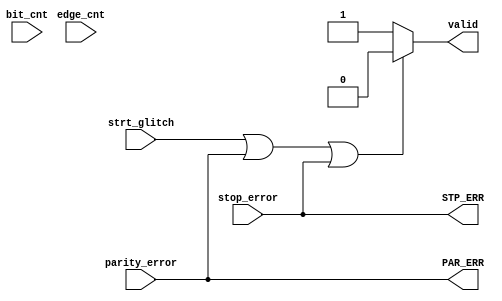
module RX_Verifier (
  input      strt_glitch,
  input      parity_error,
  input      stop_error,
  input      bit_cnt,
  input      edge_cnt,
  output reg valid,
  output reg PAR_ERR,
  output reg STP_ERR
);

  always @(*) begin
  	if(strt_glitch|parity_error|stop_error)
  		valid <= 0;
  	else 
  		valid <= 1;

  	STP_ERR<=stop_error;
  	PAR_ERR<=parity_error;
  	
  end

endmodule